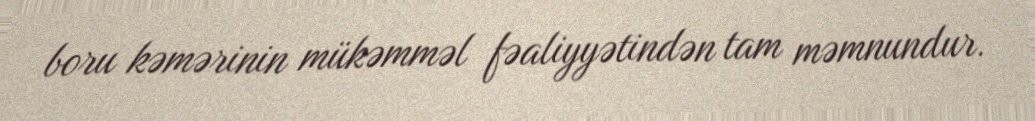
boru kəmərinin mükəmməl fəaliyyətindən tam məmnundur.